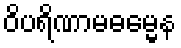
ဝိပရိဏာမဓမ္မေန